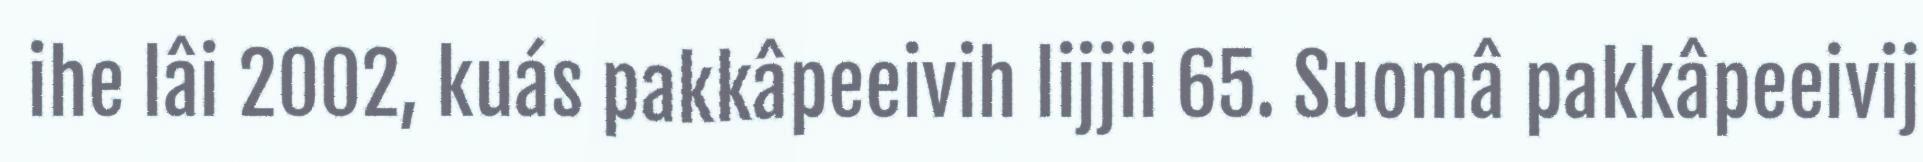
ihe lâi 2002, kuás pakkâpeeivih lijjii 65. Suomâ pakkâpeeivij